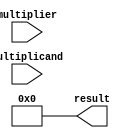
module BoothMultiplier (
    input [15:0] multiplicand,
    input [15:0] multiplier,
    output reg [31:0] result
);

reg [15:0] A;
reg [15:0] Q;
reg [5:0] count;

always @* begin
    A = multiplicand;
    Q = multiplier;
    count = 6;
    result = 0;
end

always @(posedge clk) begin
    if (count > 0) begin
        if (Q[0] & ~Q[1] == 1) begin
            result = result + A;
        end
        else if (~Q[0] & Q[1] == 1) begin
            result = result - A;
        end
        
        if (Q[0] != Q[1]) begin
            if (result[31] == 0) begin
                {A, Q, count} <= {A >> 1, Q >> 1, count - 1};
            end
            else begin
                {A, Q, count} <= {A >> 1, Q >> 1, count + 1};
            end
        end
        else begin
            {A, Q, count} <= {A >> 1, Q >> 1, count};
        end
    end
end

endmodule